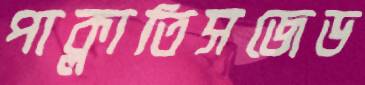
পাক্‌লাতিসজেড